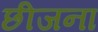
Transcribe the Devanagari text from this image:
छीजना